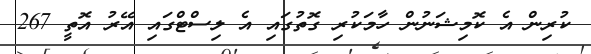
ކުރިން އެ ކޮމިޝަނުން ހާމަކުރި ގޮތުގައި އެ ލިސްޓްގައި އޭރު އޮތީ 267